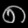
Digit: ၈